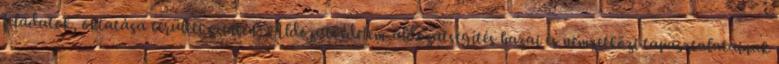
feladatok, oktatása területi szinten; Áldozatvédelem-áldozatsegítés hazai és nemzetközi tapasztalatainak